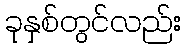
ခုနှစ်တွင်လည်း